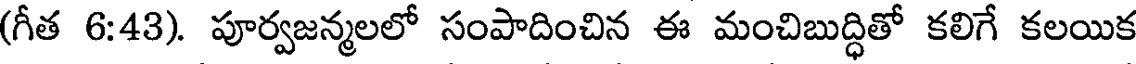
(గీత 6:43). పూర్వజన్మలలో సంపాదించిన ఈ మంచిబుద్ధితో కలిగే కలయిక